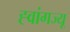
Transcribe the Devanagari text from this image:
ह्वांगज्यू